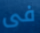
فى